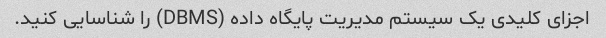
اجزای کلیدی یک سیستم مدیریت پایگاه داده (DBMS) را شناسایی کنید.